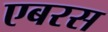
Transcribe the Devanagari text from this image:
एबरस